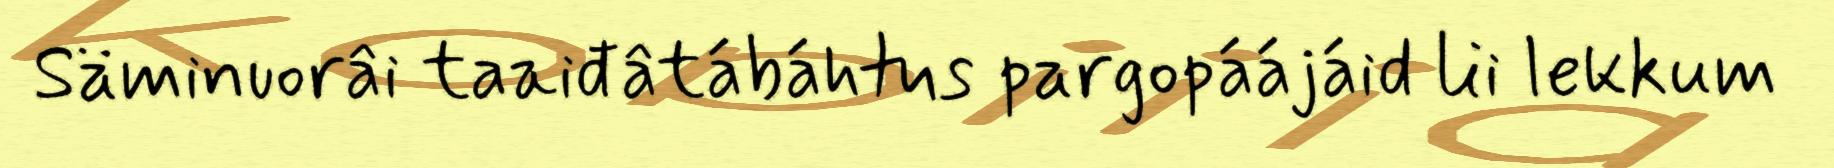
Säminuorâi taaiđâtábáhtus pargopáájáid lii lekkum